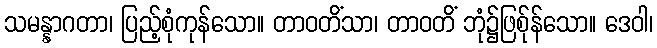
သမန္နာဂတာ၊ ပြည့်စုံကုန်သော။ တာဝတိံသာ၊ တာဝတိံ ဘုံ၌ဖြစ်ုန်သော။ ဒေဝါ၊